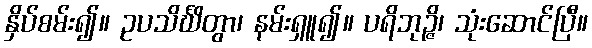
နှိပ်စမ်း၍။ ဥပသိင်္ဃိတွာ၊ နမ်းရှူ၍။ ပရိဘုဉ္ဇိ၊ သုံးဆောင်ပြီ။